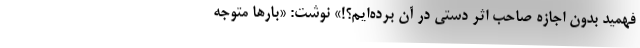
فهمید بدون اجازه‌ صاحب اثر دستی در آن برده‌ایم؟!» نوشت: «بارها متوجه